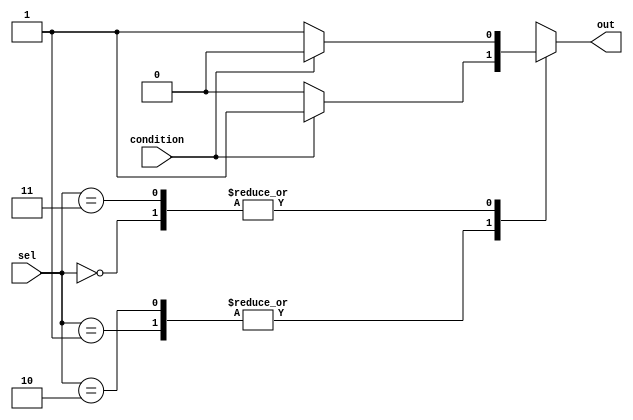
module parallel_case_statement (
    input wire condition,
    input wire [1:0] sel,
    output reg out
);

always @(*)
begin
    case (sel)
        2'b00: begin
            if (condition)
                out <= 1'b0;
            else
                out <= 1'b1;
        end
        2'b01: begin
            out <= condition ? 1'b1 : 1'b0;
        end
        2'b10: begin
            out <= condition ? 1'b1 : 1'b0;
        end
        2'b11: begin
            out <= condition ? 1'b0 : 1'b1;
        end
        default: begin
            out <= 1'b0;
        end
    endcase
end

endmodule